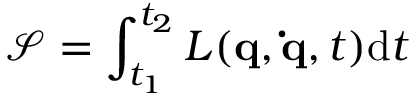
{ \mathcal { S } } = \int _ { t _ { 1 } } ^ { t _ { 2 } } L ( \mathbf { q } , \mathbf { \dot { q } } , t ) \mathrm { d } t